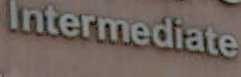
Intermediate